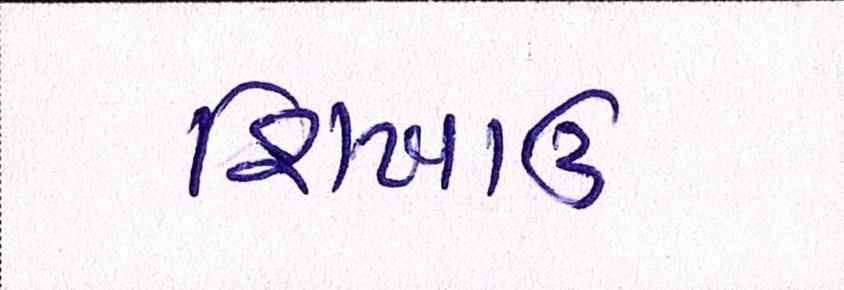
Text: શિખાઉ